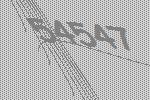
54547